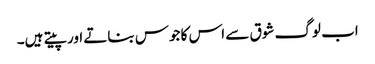
اب لوگ شوق سے اس کا جوس بناتے اور پیتے ہیں۔